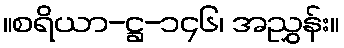
။စရိယာ-ဋ္ဌ-၁၄၆၊ အညွှန်း။